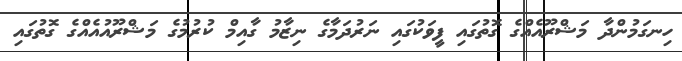
ހިނގަމުންދާ މަޝްރޫއެއްގެ ގޮތުގައި ފީވަކުގައި ނަރުދަމާގެ ނިޒާމު ގާއިމް ކުރުމުގެ މަޝްރޫއުއެއްގެ ގޮތުގައި